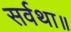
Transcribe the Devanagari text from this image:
सर्वथा॥